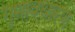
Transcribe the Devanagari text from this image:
गुणावधारण